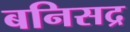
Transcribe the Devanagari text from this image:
बनिसद्र